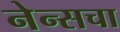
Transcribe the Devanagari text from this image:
नेन्सचा